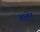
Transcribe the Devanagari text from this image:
कालेट